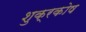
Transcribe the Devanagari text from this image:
शुक्रकोष